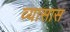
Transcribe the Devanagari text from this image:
व्यासास